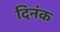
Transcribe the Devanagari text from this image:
दिनंक